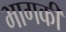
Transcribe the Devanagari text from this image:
भागकी